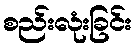
စည်းလုံးခြင်း